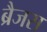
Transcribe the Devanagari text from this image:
ब्रैजस